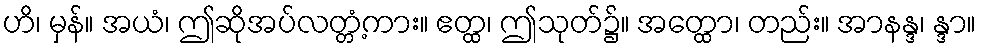
ဟိ၊ မှန်။ အယံ၊ ဤဆိုအပ်လတ္တံ့ကား။ ဧတ္ထ၊ ဤသုတ်၌။ အတ္ထော၊ တည်း။ အာနန္ဒ၊ န္ဒာ။